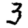
Digit: 3